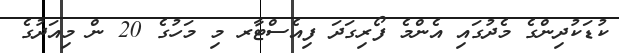
ކުޑަކުދިންގެ މެދުގައި އެންމެ ފޯރިގަދަ ފިއެސްޓާރ މި މަހުގެ 20 ން މިއަދުގެ